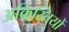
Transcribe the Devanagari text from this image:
अक्रिस्तियों